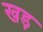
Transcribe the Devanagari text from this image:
खड़